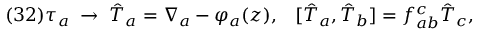
( 3 2 ) \tau _ { a } \; \to \; \hat { T } _ { a } = \nabla _ { a } - \varphi _ { a } ( z ) , \; \; \; [ \hat { T } _ { a } , \hat { T } _ { b } ] = f _ { a b } ^ { c } \hat { T } _ { c } ,